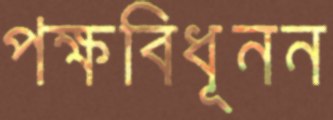
পক্ষবিধূনন